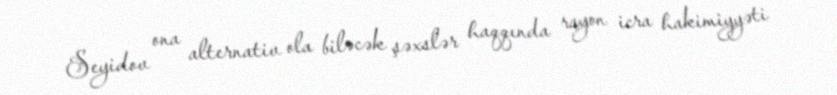
Seyidov ona alternativ ola biləcək şəxslər haqqında rayon icra hakimiyyəti